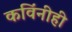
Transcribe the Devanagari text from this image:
कविंनीही